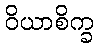
ဝိယာစိက္ခ